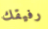
رفيقك